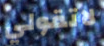
لاتقولي